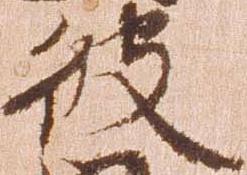
彼